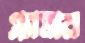
গ্ল্যামার